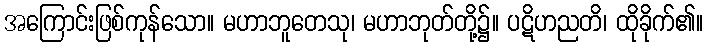
အကြောင်းဖြစ်ကုန်သော။ မဟာဘူတေသု၊ မဟာဘုတ်တို့၌။ ပဋိဟညတိ၊ ထိုခိုက်၏။